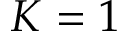
K = 1